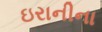
ઇરાનીના